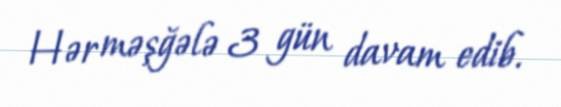
Hər məşğələ 3 gün davam edib.